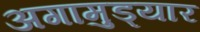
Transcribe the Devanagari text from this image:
अगामुड्यार